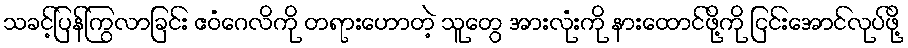
သခင့်ပြန်ကြွလာခြင်း ဧဝံဂေလိကို တရားဟောတဲ့ သူတွေ အားလုံးကို နားထောင်ဖို့ကို ငြင်းအောင်လုပ်ဖို့